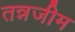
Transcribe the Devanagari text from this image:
तन्नजीम